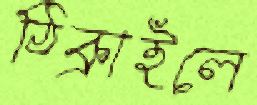
ঠিক্‌রাইলে